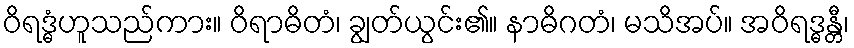
ဝိရဒ္ဓံဟူသည်ကား။ ဝိရာဓိတံ၊ ချွတ်ယွင်း၏။ နာဓိဂတံ၊ မသိအပ်။ အဝိရဒ္ဓန္တီ၊